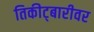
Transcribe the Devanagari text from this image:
तिकीट्बारीवर